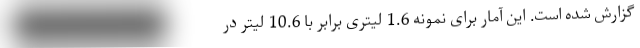
گزارش شده است. این آمار برای نمونه 1.6 لیتری برابر با 10.6 لیتر در